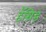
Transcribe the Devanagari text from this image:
हॅग्रिड